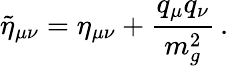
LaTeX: \tilde{\eta}_{\mu\nu}=\eta_{\mu\nu}+\frac{q_{\mu}q_{\nu}}{m_{g}^{2}}\, .